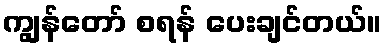
ကျွန်တော် စရန် ပေးချင်တယ်။